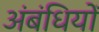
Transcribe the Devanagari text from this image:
अंबंधियों